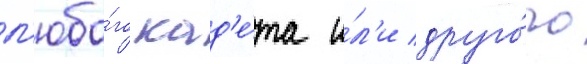
л'юбо́го кад'е́та и́л'и друго́го